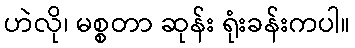
ဟဲလို၊ မစ္စတာ ဆုန်း ရုံးခန်းကပါ။